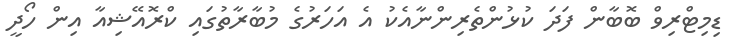
ޑިމިޓްރިވް ބޮބާން ފަދަ ކުޅުންތެރިންނާއެކު އެ އަހަރުގެ މުބާރާތުގައި ކްރޮއޭޝިއާ އިން ހޯދީ